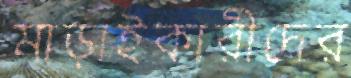
মাড়াইকারীদের